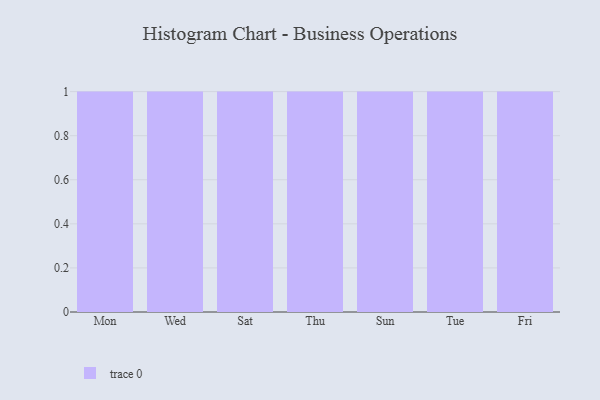
{"axis": {"x": "Day", "y": "Headcount"}, "legend": [""], "data": [{"x": "Mon", "y": 79, "type": ""}, {"x": "Wed", "y": 43, "type": ""}, {"x": "Sat", "y": 89, "type": ""}, {"x": "Thu", "y": 32, "type": ""}, {"x": "Sun", "y": 11, "type": ""}, {"x": "Tue", "y": 97, "type": ""}, {"x": "Fri", "y": 85, "type": ""}]}